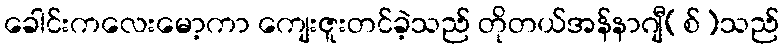
ခေါင်းကလေးမော့ကာ ကျေးဇူးတင်ခဲ့သည် တိုတယ်အန်နာဂျီ(စ်)သည်